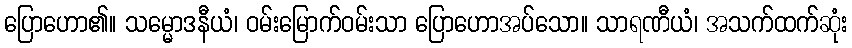
ပြောဟော၏။ သမ္မောဒနီယံ၊ ဝမ်းမြောက်ဝမ်းသာ ပြောဟောအပ်သော။ သာရဏီယံ၊ အသက်ထက်ဆုံး